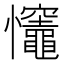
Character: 𢥼